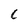
Character: C